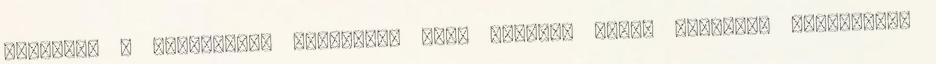
meglétét a kiállítási területre való belépés előtt hatósági állatorvos